Code of medical and sanitary regulations for the guidance of medical officers serving in the Madras Presidency - Volume II
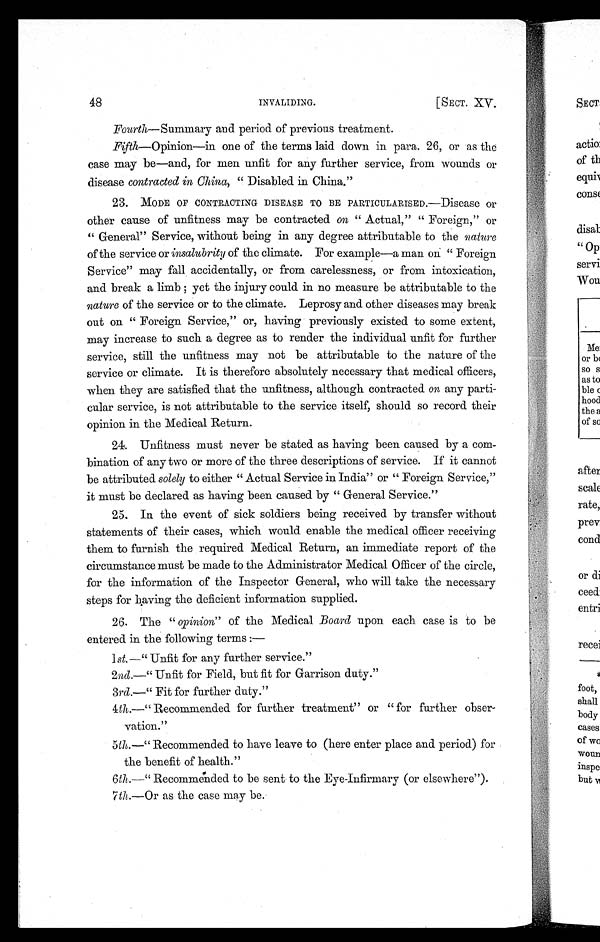
48
INVALIDING.
[ SECT. XV.
Fourth— Summary and period of previous treatment.
Fifth—Opinion—in one of the terms laid down in para. 26, or as the
case may be—and, for men unfit for any further service, from wounds or
disease contracted in China, " Disabled in China."
23.
MODE OF CONTRACTING DISEASE TO BE PARTICULARISED.—Disease or
other cause of unfitness may be contracted on " Actual," " Foreign," or
" General" Service, without being in any degree attributable to the nature
of the service or insalubrity of the climate. For example—a man on " Foreign
Service" may fall accidentally, or from carelessness, or from intoxication,
and break a limb ; yet the injury could in no measure be attributable to the
nature of the service or to the climate. Leprosy and other diseases may break
out on " Foreign Service," or, having previously existed to some extent,
may increase to such a degree as to render the individual unfit for further
service, still the unfitness may not be attributable to the nature of the
service or climate. It is therefore absolutely necessary that medical officers,
when they are satisfied that the unfitness, although contracted on any parti-
cular service, is not attributable to the service itself, should so record their
opinion in the Medical Return.
24. Unfitness must never be stated as having been caused by a com-
bination of any two or more of the three descriptions of service. If it cannot
be attributed solely to either "Actual Service in India" or " Foreign Service,"
it must be declared as having been caused by " General Service."
25, In the event of sick soldiers being received by transfer without
statements of their cases, which would enable the medical officer receiving
them to furnish the required Medical Return, an immediate report of the
circumstance must be made to the Administrator Medical Officer of the circle,
for the information of the Inspector General, who will take the necessary
steps for having the deficient information supplied.
26. The " opinion" of the Medical Board upon each case is to be
entered in the following terms :—
1st.—" Unfit for any further service."
2 nd.—" Unfit for Field, but fit for Garrison duty."
3rd.—" Fit for further duty."
4th.—" Recommended for further treatment" or " for further obser-
vation."
5th.—" Recommended to have leave to (here enter place and period) for
the benefit of health."
6th.—" Recommended to be sent to the Eye-Infirmary (or elsewhere").
7th.—Or as the case may be.